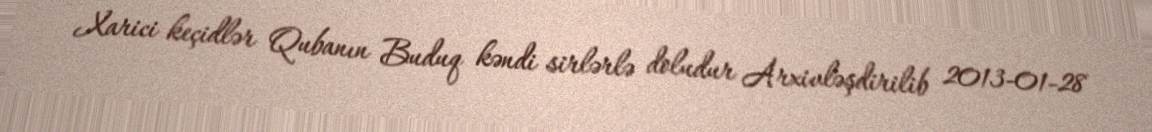
Xarici keçidlər Qubanın Buduq kəndi sirlərlə doludur Arxivləşdirilib 2013-01-28